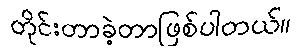
တိုင်းတာခဲ့တာဖြစ်ပါတယ်။